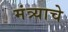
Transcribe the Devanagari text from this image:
मंत्र्याचे